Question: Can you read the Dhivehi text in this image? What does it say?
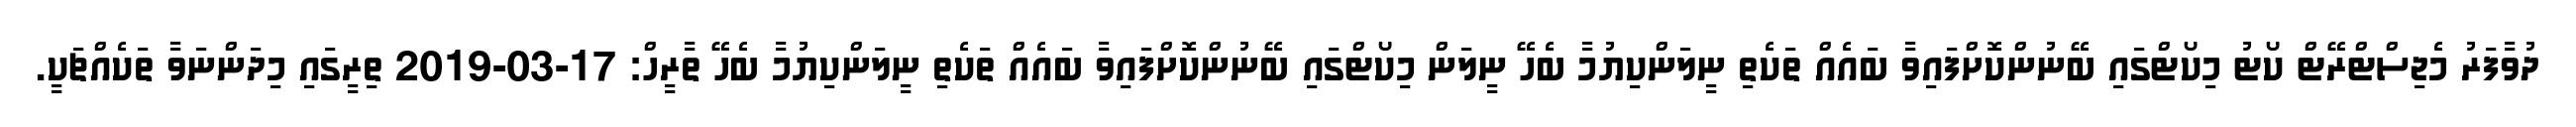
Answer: ދުވާފަރު މެޖިސްޓްރޭޓް ކޯޓު މިކޯޓްގައި ބޭނުންކޮށްފައިވާ ބައެއް ތަކެތި ނީލަންކިޔުމާ ބެހޭ ނީލަން މިކޯޓްގައި ބޭނުންކޮށްފައިވާ ބައެއް ތަކެތި ނީލަންކިޔުމާ ބެހޭ ތާރީހް: 17-03-2019 ތިރީގައި މިދަންނަވާ ތަކެއްޗަކީ.